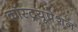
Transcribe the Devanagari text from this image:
कॉस्ट्रयूपेशन